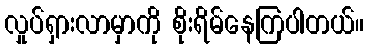
လှုပ်ရှားလာမှာကို စိုးရိမ်နေကြပါတယ်။